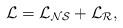
LaTeX: \begin{align*}\cal{L} = \cal{L}_{NS} + \cal{L}_R ,\end{align*}